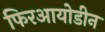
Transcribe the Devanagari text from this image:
फिरआयोडीन